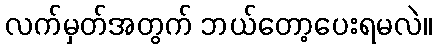
လက်မှတ်အတွက် ဘယ်တော့ပေးရမလဲ။